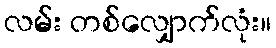
လမ်း တစ်လျှောက်လုံး။